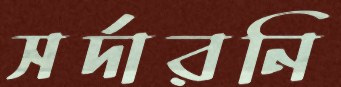
সর্দারনি